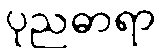
ပုညဓာရာ